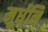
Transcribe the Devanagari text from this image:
मूर्धनि